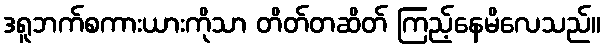
ဒရူဘက်စကားယားကိုသာ တိတ်တဆိတ် ကြည့်နေမိလေသည်။